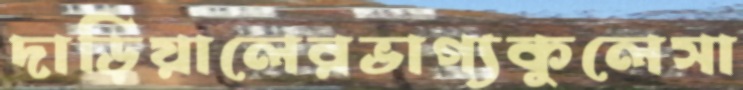
দাড়িয়ালেরভাগ্যকুলেসা